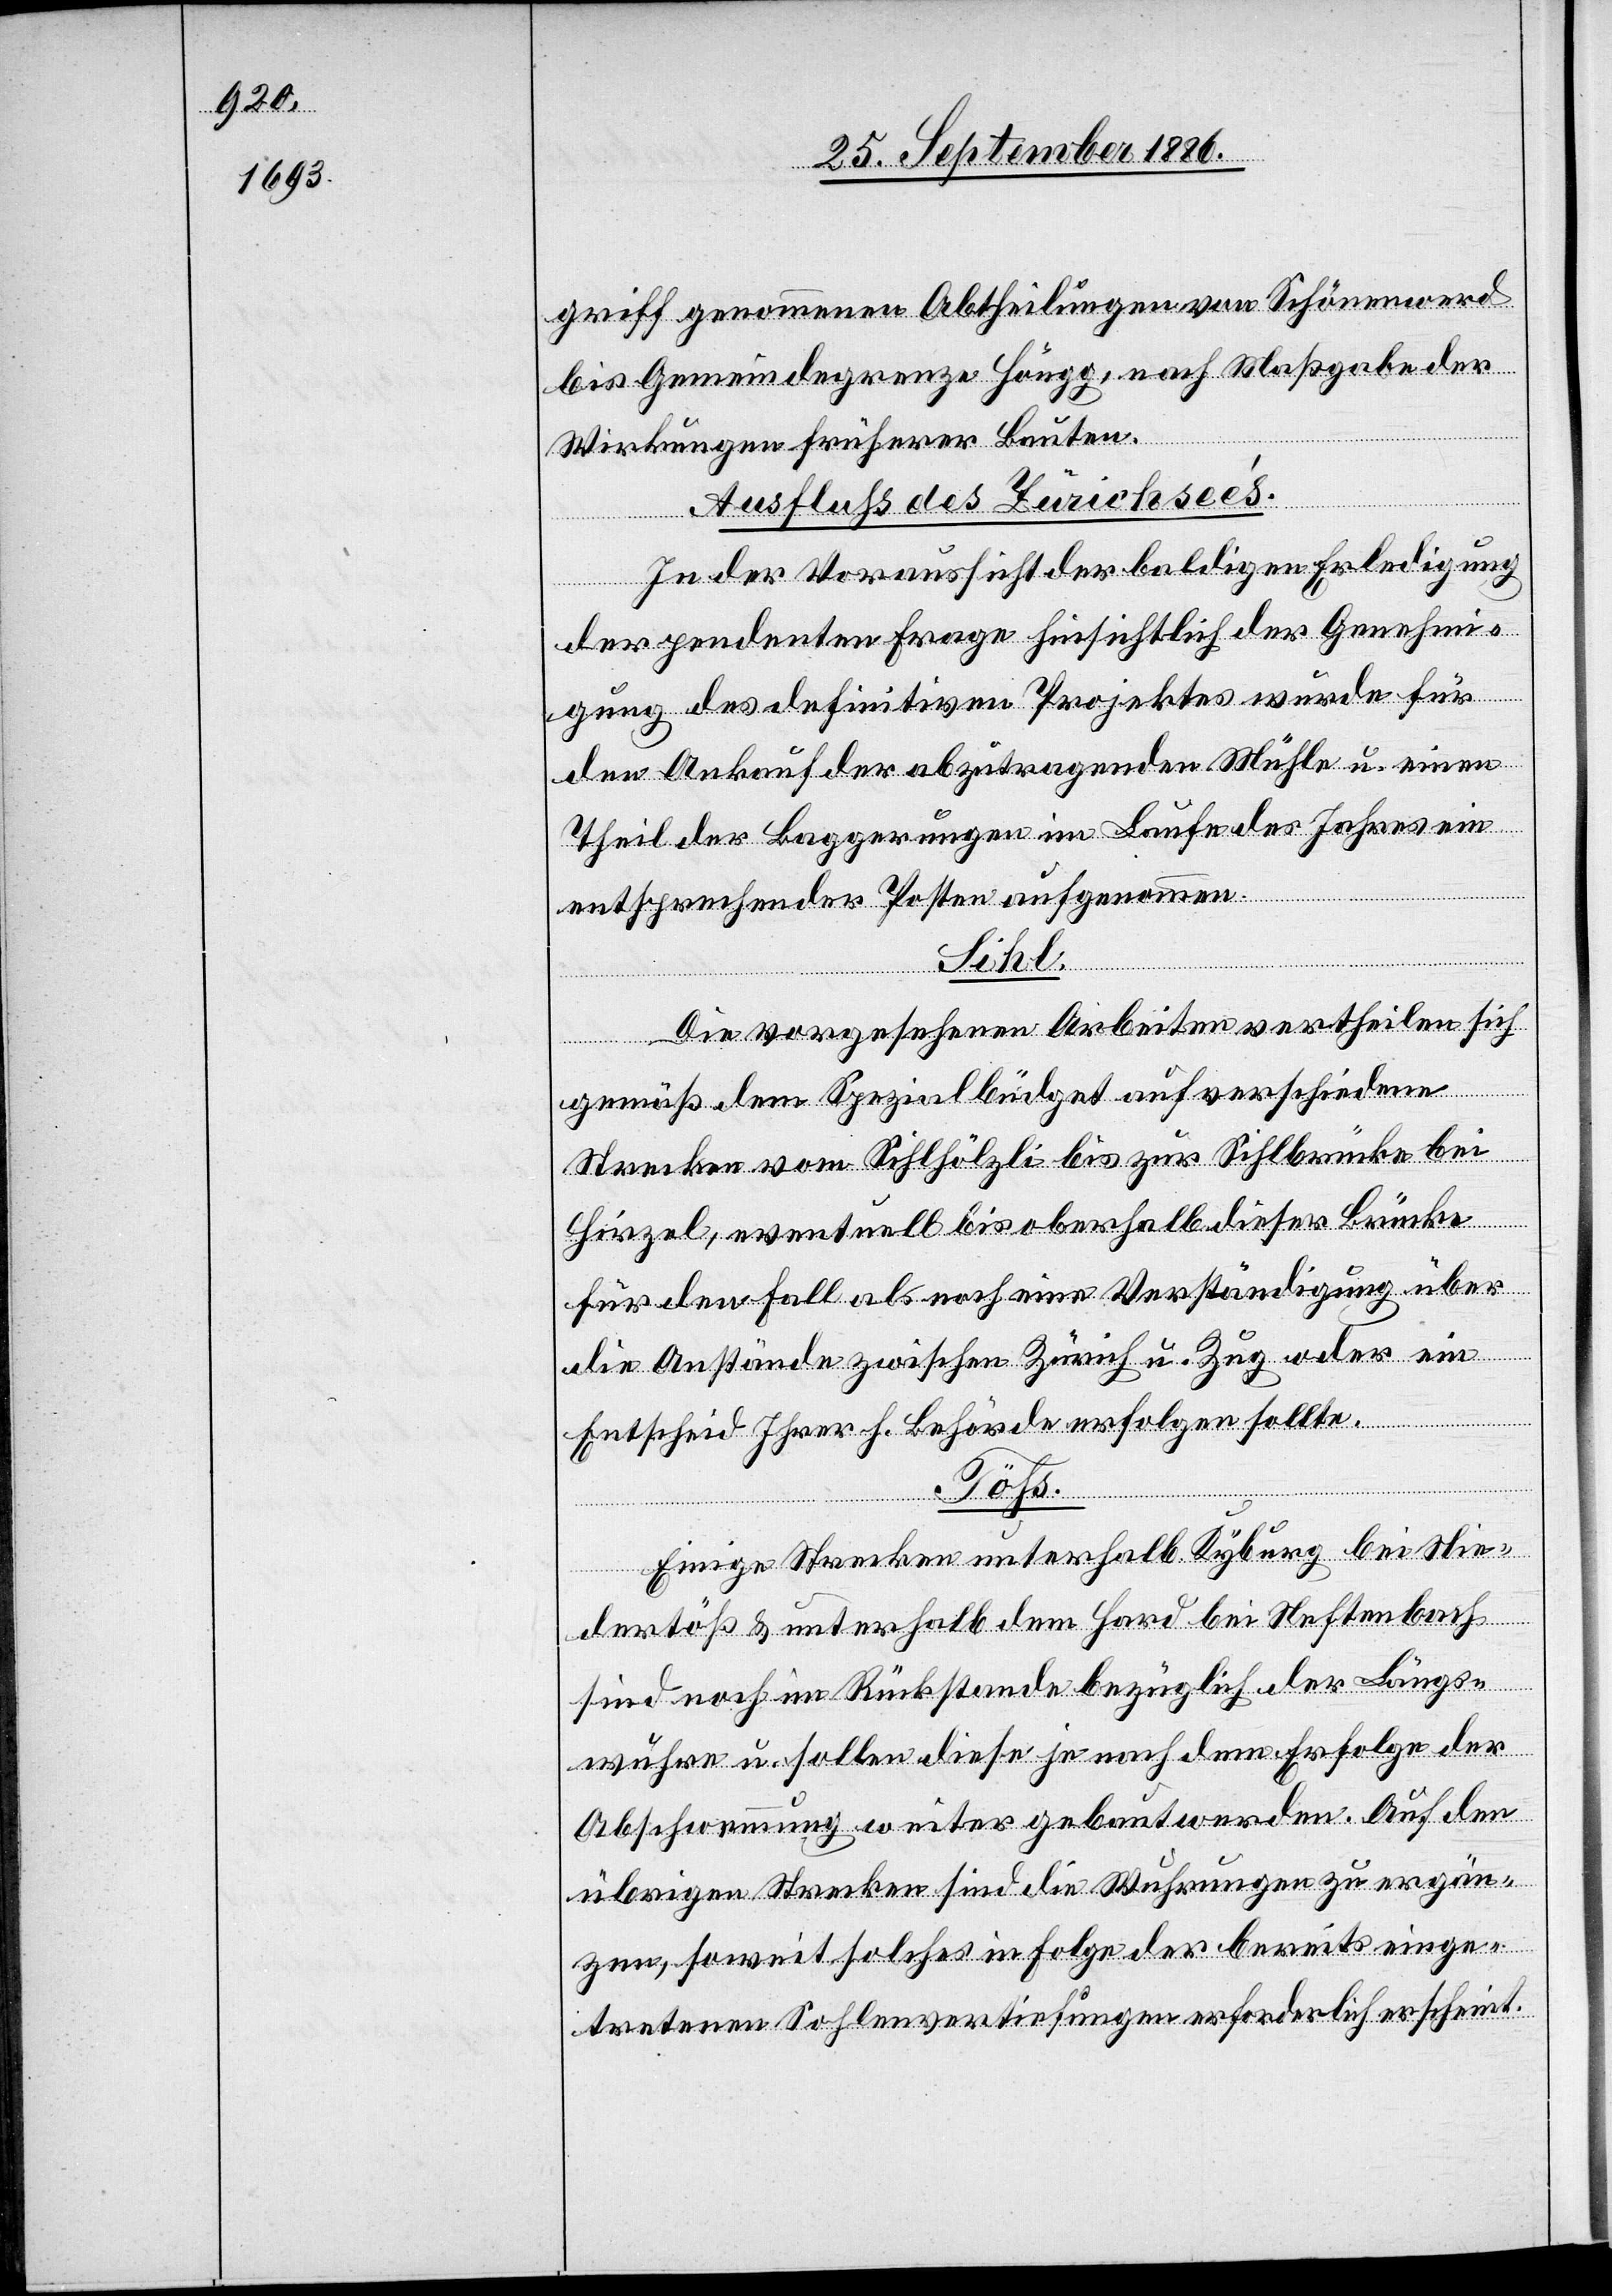
griff genommenen Abtheilungen von Schönenwerd
bis Gemeindegrenze Höngg, nach Maßgabe der
Wirkungen früherer Bauten.
Ausfluß des Zürichseeʼs.
In der Voraussicht der baldigen Erledigung
der pendenten Frage hinsichtlich der Genehmi¬
gung des definitiven Projektes wurde für
den Ankauf der abzutragenden Mühle u. einen
Theil der Baggerungen im Laufe des Jahres ein
entsprechender Posten aufgenommen.
Sihl.
Die vorgesehenen Arbeiten vertheilen sich
gemäß dem Spezialbüdget auf verschiedene
Strecken vom Sihlhölzli bis zur Sihlbrücke bei
Hirzel, eventuell bis oberhalb dieser Brücke
für den Fall als noch eine Verständigung über
die Anstände zwischen Zürich u. Zug oder ein
Entscheid Ihrer h. Behörde erfolgen sollte.
Töß.
Einige Strecken unterhalb Kyburg bei Nie¬
dertöß & unterhalb dem Hard bei Neftenbach
sind noch im Rückstande bezüglich der Längs¬
wuhre u. sollen diese je nach dem Erfolge der
Abschwemmung weiter gebaut werden. Auf den
übrigen Strecken sind die Wuhrungen zu ergän¬
zen, soweit solches in Folge der bereits einge¬
tretenen Sohlenvertiefungen erforderlich erscheint.